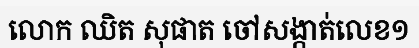
លោក ឈិត សុផាត ចៅសង្កាត់លេខ១